King Institute of Preventive Medicine Bacteriolog. Section reports 1907-08
Year: 1907
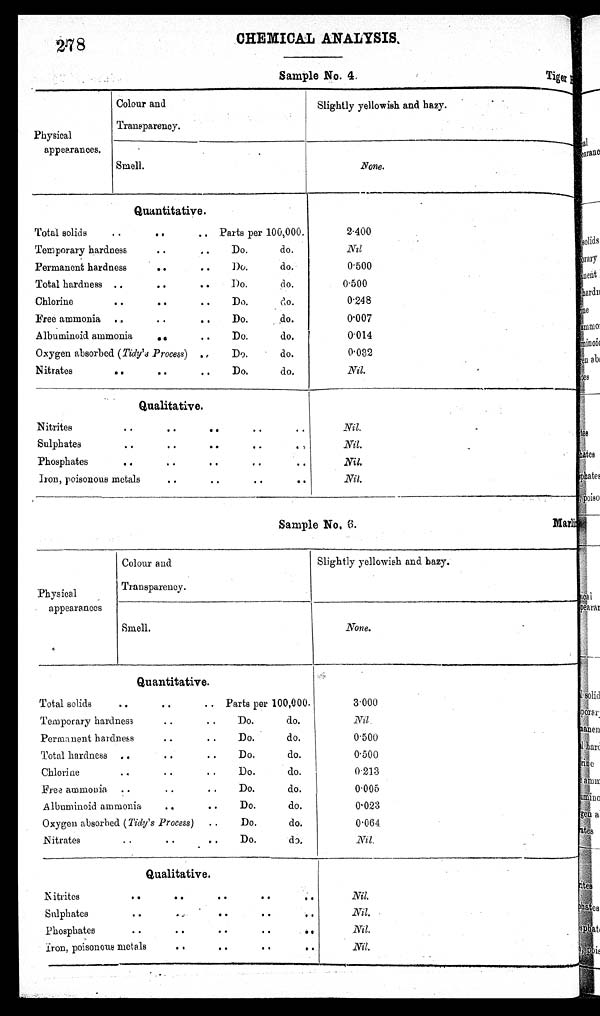
2 7 8
CHEMICAL ANALYSIS,
Sample No.
Marl
Tie
Sample No. 4.
Physical
appearances.
Colour and
Transparency.
Slightly yellowish and hazy.
.
Smell.
None.
Quantitative.
Total solids
Partsper 100,000.
.
Temporary hardnes
..
..
Do do.
•
Permanent hardness ..
..
Do do.
Total hardness
..
.. Do. do.
Chlorine
.. ..
Do.
do.
Free ammonia
..
..
Do.
do.
Albuminoid ammonia ..
.. Do. do.
Oxygen absorbed (Tidy's Process)
Do.
do.
Nitrates
..
..
Do.
do.
2 . 4 0 0
N i l .
0.500
0.500
0.248
0.007
0.014
0.032
Nil.
Qualitative.
Nitrites
..
..
..
..
..
Sulphates ..
..
..
..
..
Phosphates
..
..
..
.. .. Iron, poisonous metals ..
..
..
..
Nil.
Nil.
Nil.
Nil.
Physical
appearances
Colour and
Transparency.
Slightly yellowish and hazy.
Smell.
None.
Quantitative.
Total solids
• •
•
• •
Parts per 100,000.
Temporary hardness ..
.. Do. do.
Permanent Hardness ..
.. Do do.
• •
•
Total hardness
..
..
Do.
do.
Chlorine
..
..
Do. do.
Free ammonia 7 .
..
.. Do. do.
Albuminoid ammonia ..
•
•
Do.
do,
Oxygen absorbed (Tidy's Process)
Do.
do.
• .
Nitrates .. ..
Do.
do.
3 . 0 0 0 N i l .
0.500
0.500
0 . 2 1 3
0.005
0.023
0.064
Nil.
Qualitative.
Nitrites
..
..
..
..
..
Sulphates ..
..
..
..
..
Phosphates
. . . . . . . . . . Iron, poisonous metals . . . . . . . .
N i l .
Nil.
Nil.
.
Nil.